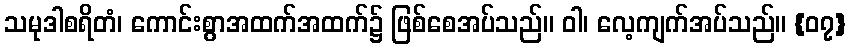
သမုဒါစရိတံ၊ ကောင်းစွာအထက်အထက်၌ ဖြစ်စေအပ်သည်။ ဝါ၊ လေ့ကျက်အပ်သည်။ {၀၇}